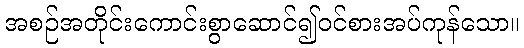
အစဉ်အတိုင်းကောင်းစွာဆောင်၍ဝင်စားအပ်ကုန်သော။